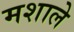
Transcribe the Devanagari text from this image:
मशाले